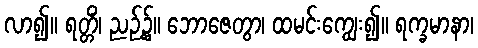
လာ၍။ ရတ္တိံ၊ ညဉ့်၌။ ဘောဇေတွာ၊ ထမင်းကျွေး၍။ ရက္ခမာနာ၊